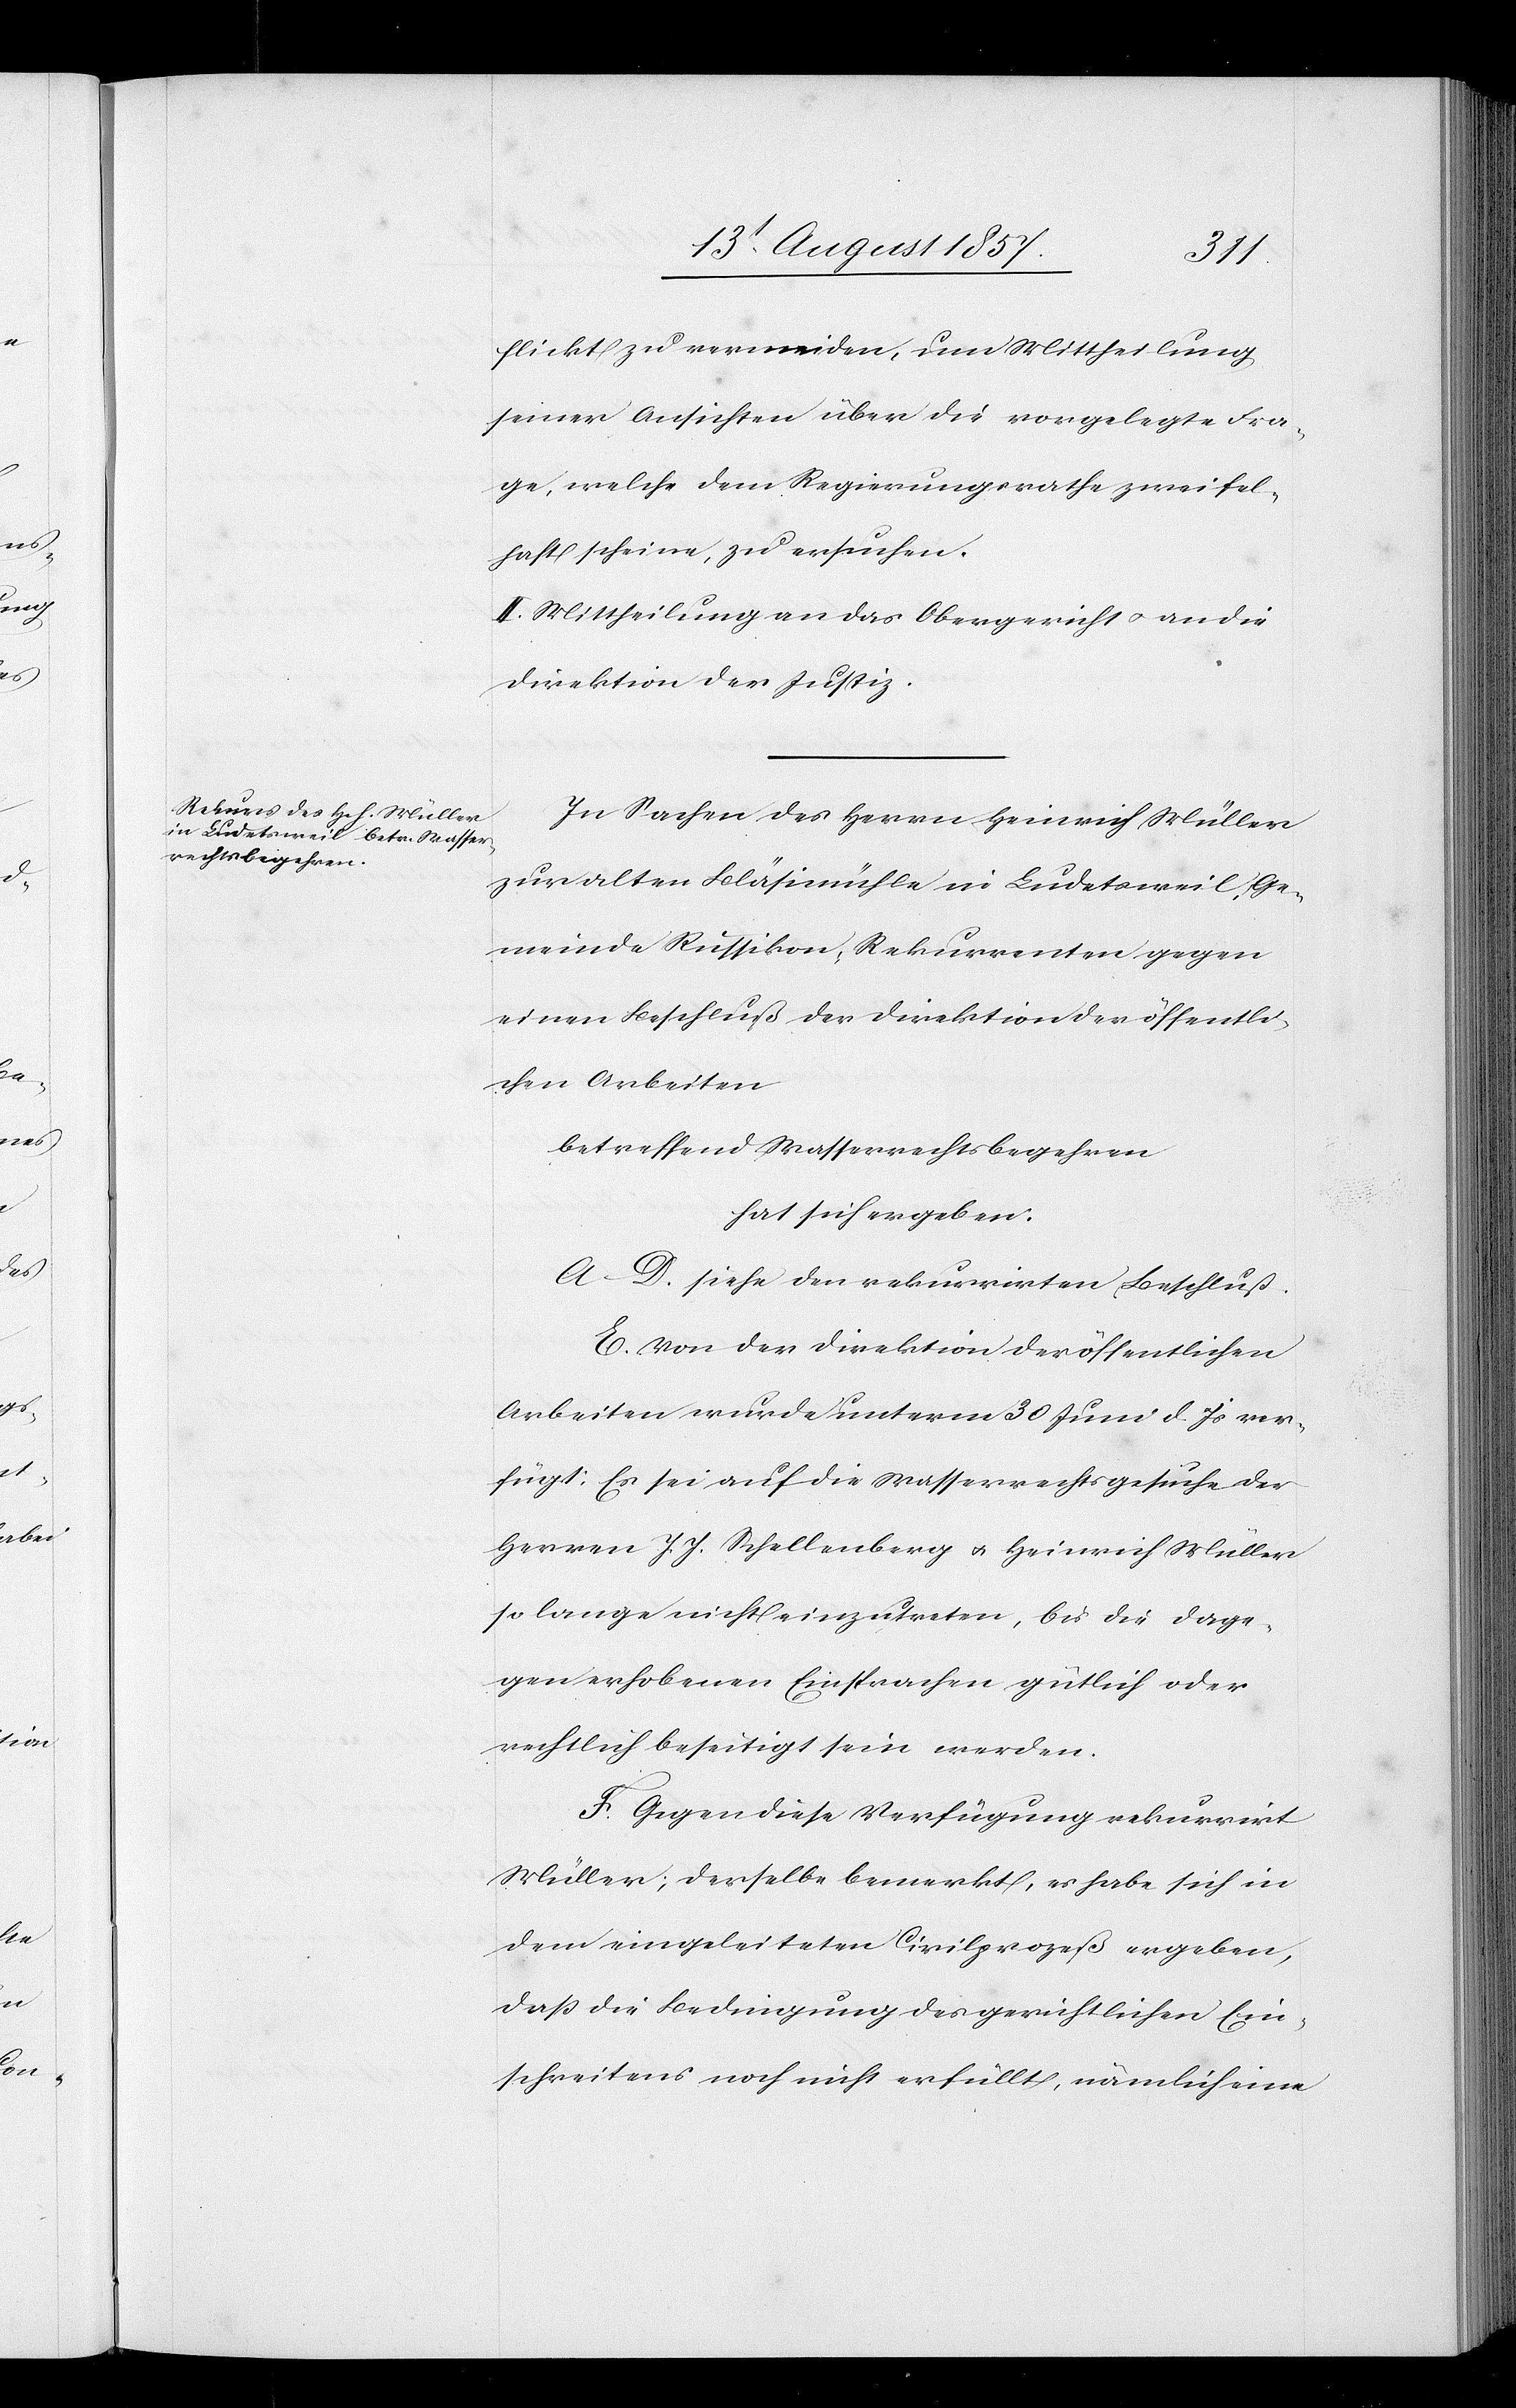
flickt zu vermeiden, um Mittheilung
seiner Ansichten über die vorgelegte Fra¬
ge, welche dem Regierungsrathe zweifel¬
haft scheine, zu ersuchen.
II. Mittheilung an das Obergericht & an die
Direktion der Justiz.
In Sachen des Herren Heinrich Müller
zur alten Bläsimühle in Ludetsweil, Ge¬
meinde Russikon, Rekurrenten gegen
einen Beschluß der Direktion der öffentli¬
chen Arbeiten
betreffend Wasserrechtsbegehren
hat sich ergeben:
A–D. siehe den rekurrirten Beschluß.
E. Von der Direktion der öffentlichen
Arbeiten wurde unterm 30 Juni d. Js. ver¬
fügt: Es sei auf die Wasserrechtsgesuche der
Herren J. J. Schellenberg & Heinrich Müller
so lange nicht einzutreten, bis die dage¬
gen erhobenen Einsprachen gütlich oder
rechtlich beseitigt sein werden.
F. Gegen diese Verfügung rekurrirt
Müller, derselbe bemerkt, es habe sich in
dem eingeleiteten Civilprozeß ergeben,
daß die Begnadigung des gerichtlichen Ein¬
schreitens noch nicht erfüllt, nämlich eine